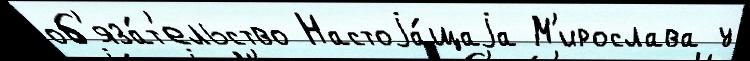
об'яза́т'ельство Настоjа́щаjа М'ирослава у